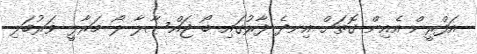
އަފްރީން އެއިން ގޮތަށް އިނދެ ފާރުގައި ބޯ ޖައްސާލާ ލޯ މަރާލީ ވަރުބަލި